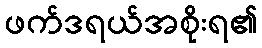
ဖက်ဒရယ်အစိုးရ၏